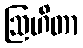
ဩဟိတာ